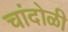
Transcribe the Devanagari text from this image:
चांदोळी